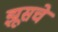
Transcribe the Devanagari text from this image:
झूसचे